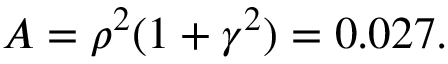
A = \rho ^ { 2 } ( 1 + \gamma ^ { 2 } ) = 0 . 0 2 7 .